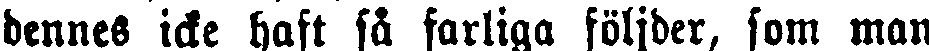
dennes icke haft så farliga följder, som man